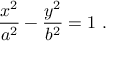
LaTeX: { \frac { x ^ { 2 } } { a ^ { 2 } } } - { \frac { y ^ { 2 } } { b ^ { 2 } } } = 1 \ .